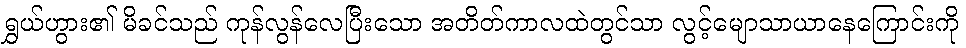
ရွှယ်ဟွား၏ မိခင်သည် ကုန်လွန်လေပြီးသော အတိတ်ကာလထဲတွင်သာ လွင့်မျောသာယာနေကြောင်းကို